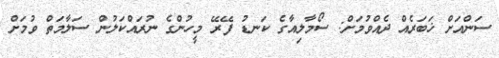
ސަންއަށް ޚަބަރެއް ދެއްވުމަށް: ސޯމާލިއާގެ ކަނޑު ފޭރޭ މީހުންގެ ނުރައްކަލުން ސަލާމަތް ވުމަށް